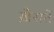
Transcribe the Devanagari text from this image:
ख़ैरातें